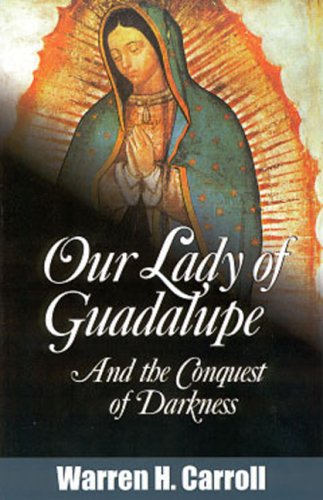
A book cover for Our Lady of Guadalupe: And the Conquest of Darkness; Warren H. Carroll; Christian Books & Bibles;